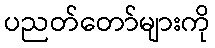
ပညတ်တော်များကို